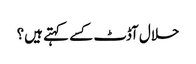
حلال آڈٹ کسے کہتے ہیں؟